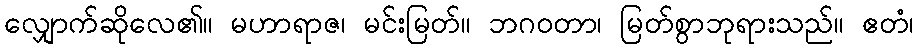
လျှောက်ဆိုလေ၏။ မဟာရာဇ၊ မင်းမြတ်။ ဘဂဝတာ၊ မြတ်စွာဘုရားသည်။ ဧတံ၊